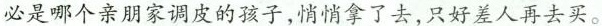
必是哪个亲朋家调皮的孩子，悄悄拿了去，只好差人再去买